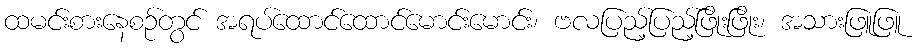
ထမင်းစားနေစဉ်တွင် အရပ်ထောင်ထောင်မောင်းမောင်း၊ ဗလပြည့်ပြည့်ဖြိုးဖြိုး၊ အသားဖြူဖြူ